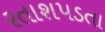
રતાશપડતા